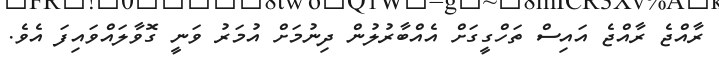
ރާއްޖެ ރާއްޖެ އައިސް ތަހްގީގަށް އެއްބާރުލުން ދިނުމަށް އުމަރު ވަނީ ގޮވާލައްވައިފަ އެވެ.